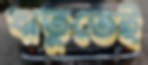
ঋতুতেই